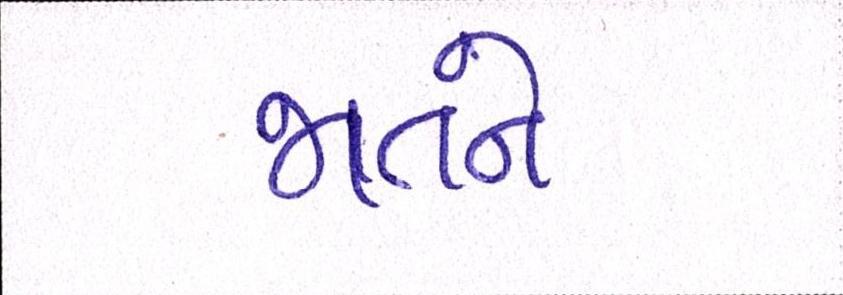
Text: જાતને